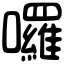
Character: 囉